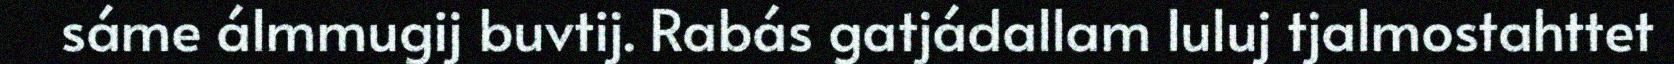
sáme álmmugij buvtij. Rabás gatjádallam luluj tjalmostahttet